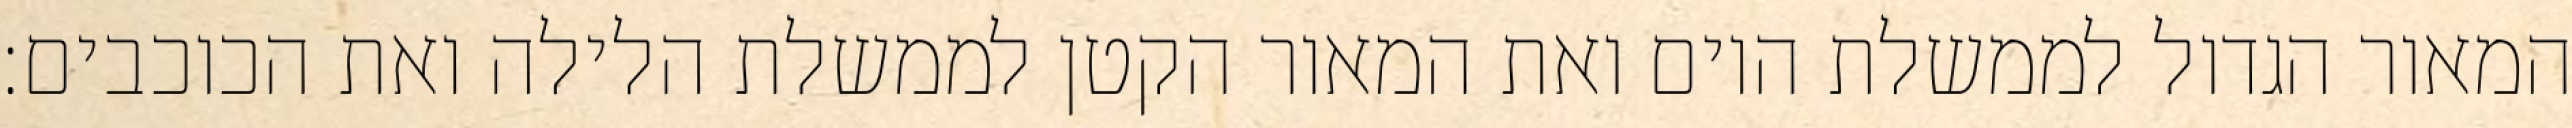
המאור הגדול לממשלת היום ואת המאור הקטן לממשלת הלילה ואת הכוכבים׃